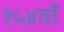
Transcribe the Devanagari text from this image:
१५४वाँ